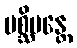
ပစ္ဆိမန္တေ